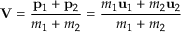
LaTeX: \mathbf { V } = { \frac { \mathbf { p } _ { 1 } + \mathbf { p } _ { 2 } } { m _ { 1 } + m _ { 2 } } } = { \frac { m _ { 1 } \mathbf { u } _ { 1 } + m _ { 2 } \mathbf { u } _ { 2 } } { m _ { 1 } + m _ { 2 } } }